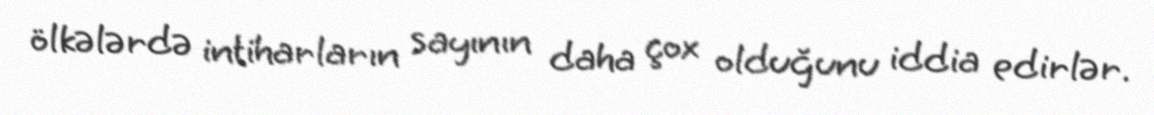
ölkələrdə intiharların sayının daha çox olduğunu iddia edirlər.